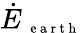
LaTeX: \dot{E}_{\mathrm{~\scriptsize~e~a~r~t~h~}}